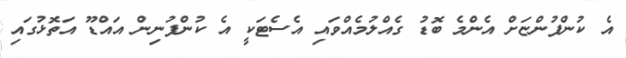
އެ ކުންފުންޏަށް އެންމެ ބޮޑު ގެއްލުމެއްވައި އެސެޓަކީ އެ ކުންފުނިން އައްޑޫ އަތޮޅުގައި